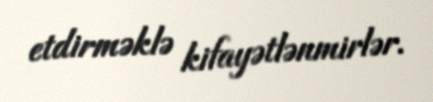
etdirməklə kifayətlənmirlər.